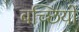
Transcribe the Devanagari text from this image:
बच्छियों